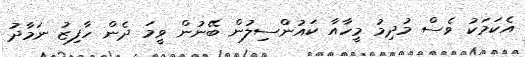
އެކަމަކު ވެސް މުދިމު މީހާއާ ކައުންސިލުން ބޭނުން ވީމަ ދެން ހާފިޒު ނަމާދު